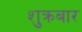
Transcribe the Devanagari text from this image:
शुक्रबार